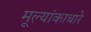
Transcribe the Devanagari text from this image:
मूल्यांकाधारे